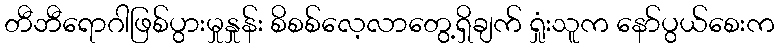
တီဘီရောဂါဖြစ်ပွားမှုနှုန်း စိစစ်လေ့လာတွေ့ရှိချက် ရှုံးသူက နော်ပွယ်စေးက